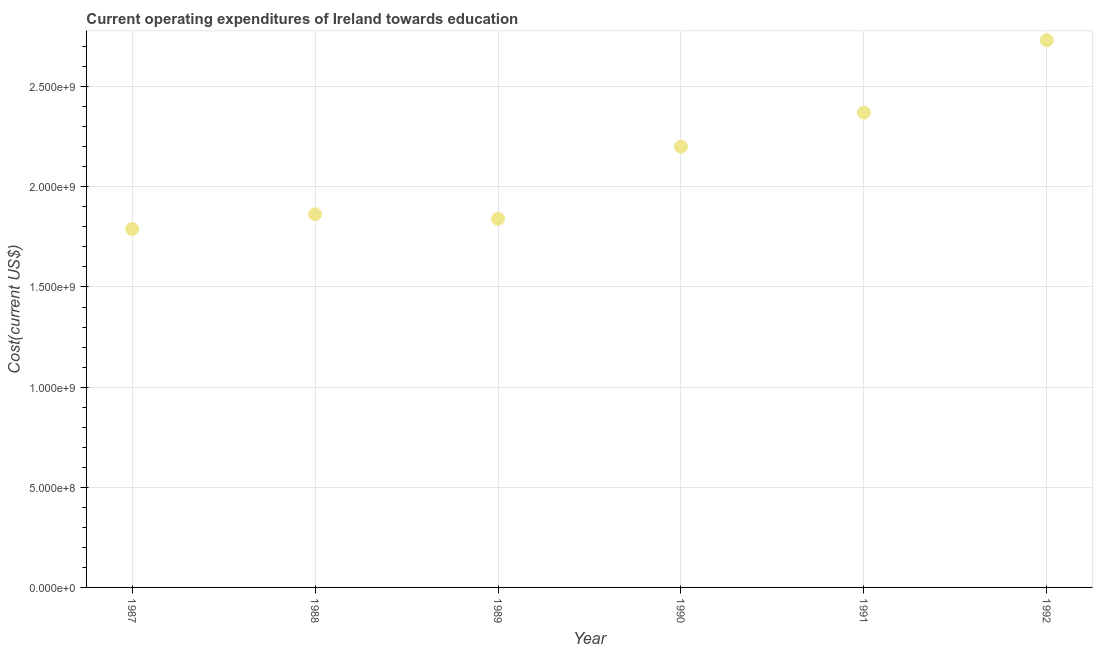
| Year | Education expenditure |
 | --- | --- |
 | 1987 | 1.79e+09 |
 | 1988 | 1.86e+09 |
 | 1989 | 1.84e+09 |
 | 1990 | 2.2e+09 |
 | 1991 | 2.37e+09 |
 | 1992 | 2.73e+09 |